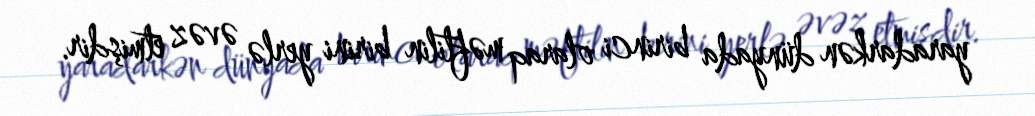
yaradarkən dünyada birinci olaraq məftilin birini yerlə əvəz etmişdir.